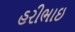
હરીભાઇ